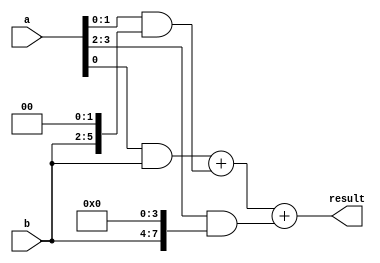
module Wallace_Tree_Multiplier(
 input [3:0] a, b,
 output reg [7:0] result
);

wire [7:0] pp1, pp2, pp3;

// Generate partial products
assign pp1 = a[0] & b;
assign pp2 = {a[1], a[0]} & {b, 2'b0};
assign pp3 = {a[3], a[2]} & {b, 2'b0, 2'b0};

// Perform addition
assign result = pp1 + pp2 + pp3;

endmodule